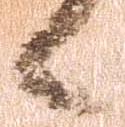
候